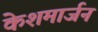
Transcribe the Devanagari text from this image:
केशमार्जन